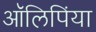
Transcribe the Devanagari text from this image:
आॅलिपिंया